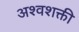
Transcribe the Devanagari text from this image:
अश्‍वशक्ती